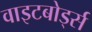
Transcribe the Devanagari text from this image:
वाइटबोर्ड्स